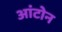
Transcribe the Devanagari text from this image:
आंटोन